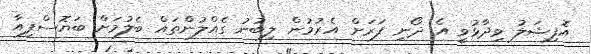
އޮފިޝަލު ވިދާޅުވީ އެ ދޯނި ފަރަށް އެރުމުން ލިބުނު ގެއްލުންތައް ބެލުމަށް ބަޔޮސްފިއާ